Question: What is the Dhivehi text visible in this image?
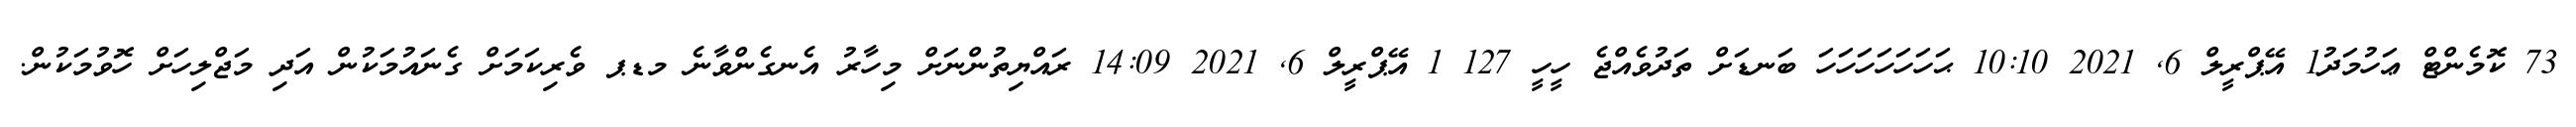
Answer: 73 ކޮމެންޓް ޢަހުމަދު1 އޭޕްރީލް 6, 2021 10:10 ޙަހަހަހަހަހަހަ ބަނޑަށް ތަދުވެއްޖެ ހީހީ 127 1 އޭޕްރީލް 6, 2021 14:09 ރައްޔިތުންނަށް މިހާރު އެނގެންވާނެ މޑޕ ވެރިކަމަށް ގެނައުމަކުން އަދި މަޖްލިހަށް ހޮވުމަކުން.